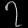
Digit: ၇